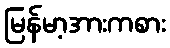
မြန်မာ့အားကစား